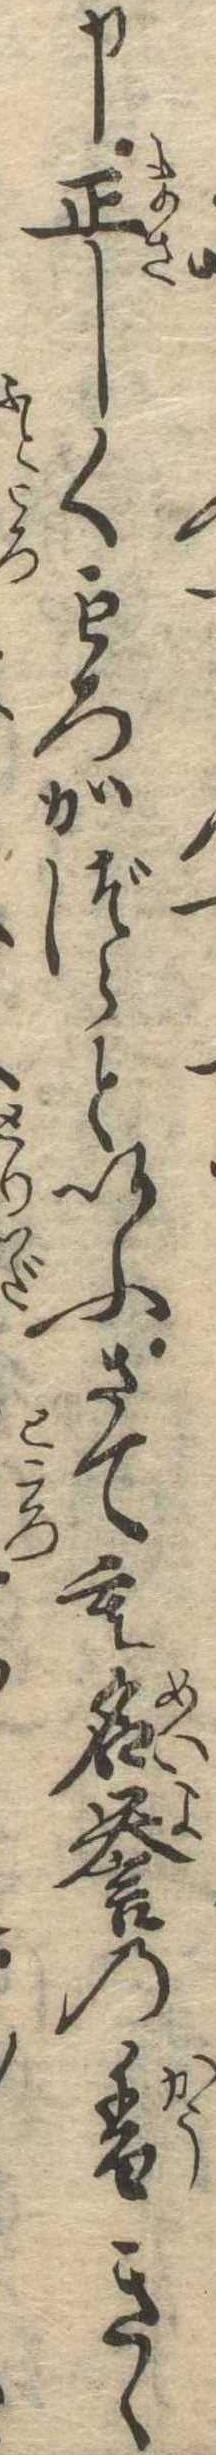
申正しくもろかづらといふさても名誉の香きゝ